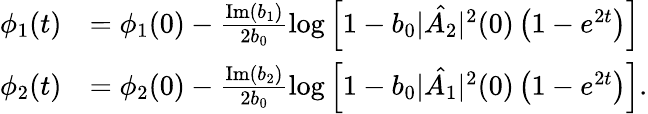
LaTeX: \begin{array}{rl}{\phi_{1}(t)}&{=\phi_{1}(0)-\frac{\mathrm{Im}(b_{1})}{2b_{0}}\log\left[1-b_{0}|\hat{A_{2}}|^{2}(0)\left(1-e^{2t}\right)\right]}\\ {\phi_{2}(t)}&{=\phi_{2}(0)-\frac{\mathrm{Im}(b_{2})}{2b_{0}}\log\left[1-b_{0}|\hat{A_{1}}|^{2}(0)\left(1-e^{2t}\right)\right].}\end{array}